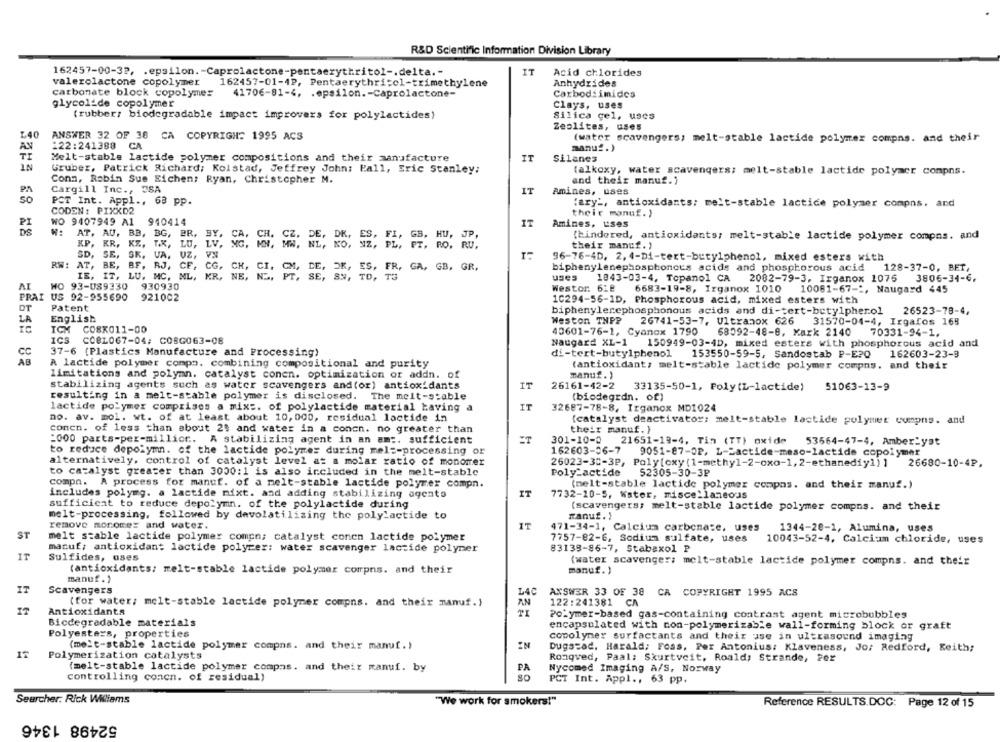
R&D Scientific Information Division Library
162457-00-32, . epsilon. - Caprolactone-pentaerythritol -. delta .-
IT
Acid chlorides
valerolactone copolymer
Anhydrides
162457-01-4P, Pentaerythri:cl-trimethylene
carbonate block copolymer
41706-81-4, . epsilon .- Caprolactone-
Carbodiimides
glycolide copolymer
Clays, uses
(rubber: biodegradable impact improvers for polylactides)
Silica gel, uses
Zeplites, uses
L40
ANSWER 32 OF 38 CA COPYRIGH: 1995 ACS
(water scavengers; melt-stable lactide polymer compas. and their
AN
122:241388 CA
manu2.)
TI
Melt-stable lactide polymer compositions and their manufacture
IT
Silanes
IN
Gruber, Patrick Richard; Kolstad, Jeffrey John; Pall, Eric Stanley:
(alkoxy, water scavengers; melt-stable lactide polymer compns.
Conn, Robin Sue Eichen; Ryan, Christopher M.
and their manuf.)
Cargill Inc ., ESA
IT
Amines, uses
SO
PCT Int. Appl ., 63 pp.
'ary', antioxidants; melt-stable lactice polymer compns. and
CODEN : PIXXD2
their manuf. )
PI
WO 9407949 A1
940414
IT
DS
Amines, uses
AT, AU, BB, BG, PR,
BY,
(hindered, antioxidants; melt-stable lactide polymer compns. and
KP.
KR, KZ, T.K.
their manuf. )
SD, SE, SK. UA, UZ, VN
96-76-4D, 2, 4-Di-tert-butylphenol, mixed esters with
RW: AT, BE, BF, RJ, CF, CG, CH, CI, GM, LE, OK, ES, FR, GA, GB, GR.
biphenylenephosphoncus acids and phosphorous acid 128-37-0, BET,
IE, IT, LU. MC, ML, KR, NE, N ., PT, SE, SN, TO, TS
uses
1843-03-4, Topanol CA
2082-79-3. Irganox 1076
3806-34-6,
AI
WO 93-089330
930930
Westor. 618
6683-19-8, Irganox 1010
10081-67 -:, Naugard 445
PRAI US 92-955690
921002
10294-56-1D, Phosphorous acid, mixed esters with
OT
Patent
biphenylenephosphonous acids and di-tert-betylpherol
26523-78-4,
English
Weston THPP
LA
26741-53-7, Ultranox 626
31570-04-4, Irgalos 168
CO8K011-00
40601-76-1, Cyanox 1790
68092-48-8, Kark 2140
70331-94-1,
ICS
CC8L067-04; COSG063-08
Naugard XL-1
150949-03-4D, mixed esters with phosphorous acid and
37-6 (Plastics Manufacture and Processing)
di-tert-butylphenol
153550-59-5, Sandostab P-E20 162603-23-3
CC
A lactide polymer compo. combining compositional and purity
(antioxidant, melt-stable lactide polymer compns. and their
limitations and polymn. catalyst conen. optimization or addn. of
manuf. )
stabilizing agents such as water scavengers and(or) antioxidants
IT
26161-42-2
33135-50-1, Poly(L-lactide) 51063-13-9
resulting in a melt-stable polymer is disclosed. The melt-stable
(biodegrdn. of)
lactide polymer comprises a mix :. of polylactide material having a
IT
32687-78-8, Irganox MD1024
no. av. mol. wt. of at least about 10, 000, residual lactide in
[catalyst deactivator; melt-stable lastide polymer cumpns. and
concn. of less than about 25 and water in a concn. no greater than
their manuf. }
=000 parts-per-million. A stabilizing agent in an am :. sufficient
301-10-0
21651-19-4, Tin (TT) oxide
53564-47-4, Amber:yat
to reduce depolymn. of the lactide polymer during mel =- processing or
162603-06-7
9051-87-OP, L-Sactide-meso-lactide copolymer
alternatively, control of catalyst level at a molar ratio of monomer
26023-30-3P, Poly[oxy (1-methyl-2-oxo-1, 2-ethanediy1) ]
26680-10-4P.
to catalyst greater than 3000:1 is also included in the meit-stable
Poly_actide
52305-30-3₽
compa. A process for manuf. of a melt-stable lactide polymer compn.
(melt-stable lactide polymer compas. and their manuf.)
includes polymg. a lactide nixt. and adding stabilizing agents
IT
7732-10-5, Water, miscellaneous
sufficicat to reduce depolymn. of the polylactide during
(scavengers; melt-stable lactide polymer compns. and their
melt-processing, followed by davolatilising the polylactide to
manuf. )
remove monomer and water.
IT
471-34-1, Calcium carbonaze, uses
ST
1344-20-1, Alumina, uses
melt stable lactide polymer comen; catalyst conen lactide polymer
7757-82-6, Sodium sulfate, uses
10043-52-4, Calcium chloride, uses
manuf; antioxidant lactide polymer: water scavenger lactide polymer
83138-86-7, Stabexol P
IT
Sulfides, uses
(water scavenger; melt-stable lactide polymer compns. and their
(antioxidants; melt-stable lactide polymer compns. and their
manuf. )
manuf. }
IT
Scavengers
L40
ANSWER 33 OF 38 CA COPYRIGHT 1995 ACS
A.N
IT
(for water; melt-stable lactide polymer compns. and their manuf.)
122:241381 CA
Antioxidants
Polymer-based gas-containing contrast agent microbubbles
Bicdegradable materials
encapsulated with non-polymerizable wall-forming block or graft
Polyesters, properties
copolymer surfactants and their use in ultrasound imaging
(melt-stable lactide polymer compns. and their manuf.)
IN
IT
Dugstad. Harald; Foss, Per Antonius: Klaveness, Jo: Redford, Keith;
Polymerization catalysts
Ronqved, Paal; Skurtveit, Roald, Strande, Per
(melt-stable lactide polymer compas. and their manuf. by
PA
80
Nycomed Imaging A/S, Norway
controlling concn. of residual)
PCT Int. Appl ., 63 pp.
Searcher. Rick Williams
"We work for smokers!"
Reference RESULTS.DOC: Page 12 of 15
52498 1346